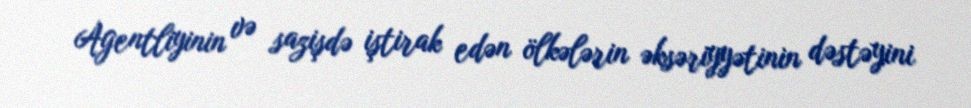
Agentliyinin və sazişdə iştirak edən ölkələrin əksəriyyətinin dəstəyini